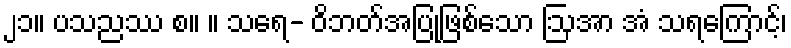
၂၁။ ပသညဿ စ။ ။ သရေ- ဝိဘတ်အပြုဖြစ်သော ဩအာ အံ သရကြောင့်၊